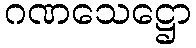
ဂဏသေဋ္ဌော